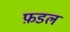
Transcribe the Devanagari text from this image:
फ़डल